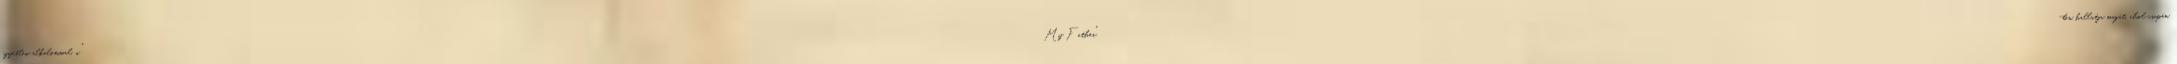
egyetlen alkalommal, a "My Father"-ben hallatja magát, ahol csupán